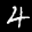
Label: 4